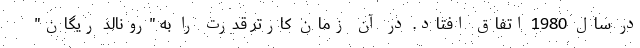
در سال 1980 اتفاق افتاد. در آن زمان کارتر قدرت را به "رونالد ریگان"